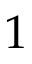
1